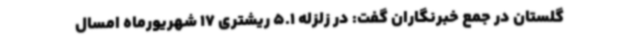
گلستان در جمع خبرنگاران گفت: در زلزله 5.1 ریشتری 17 شهریورماه امسال